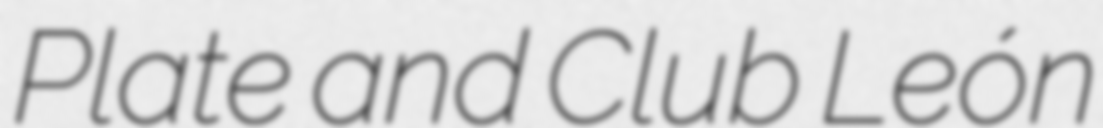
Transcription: Plate and Club León